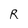
Character: R